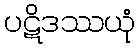
ပဋိဒဿယုံ